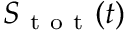
S _ { \mathrm { ~ t ~ o ~ t ~ } } ( t )